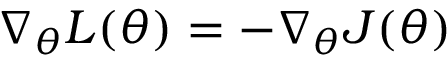
\nabla _ { \theta } L ( \theta ) = - \nabla _ { \theta } J ( \theta )